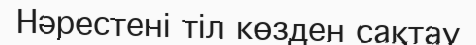
Нәрестені тіл көзден сақтау